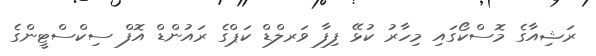
ރަޝިއާގެ މޮސްކޯގައި މިހާރު ކުޅޭ ފިފާ ވަރލްޑް ކަޕްގެ ރައުންޑް އޮފް ސިކްސްޓީންގެ